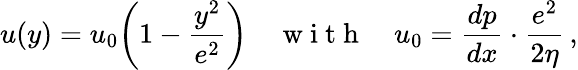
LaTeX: u(y)=u_{0}\! \left(1-\frac{y^{2}}{e^{2}}\right)\quad\mathrm{~w~i~t~h~}\quad u_{0}=\frac{dp}{dx}\cdot\frac{e^{2}}{2\eta}\, ,